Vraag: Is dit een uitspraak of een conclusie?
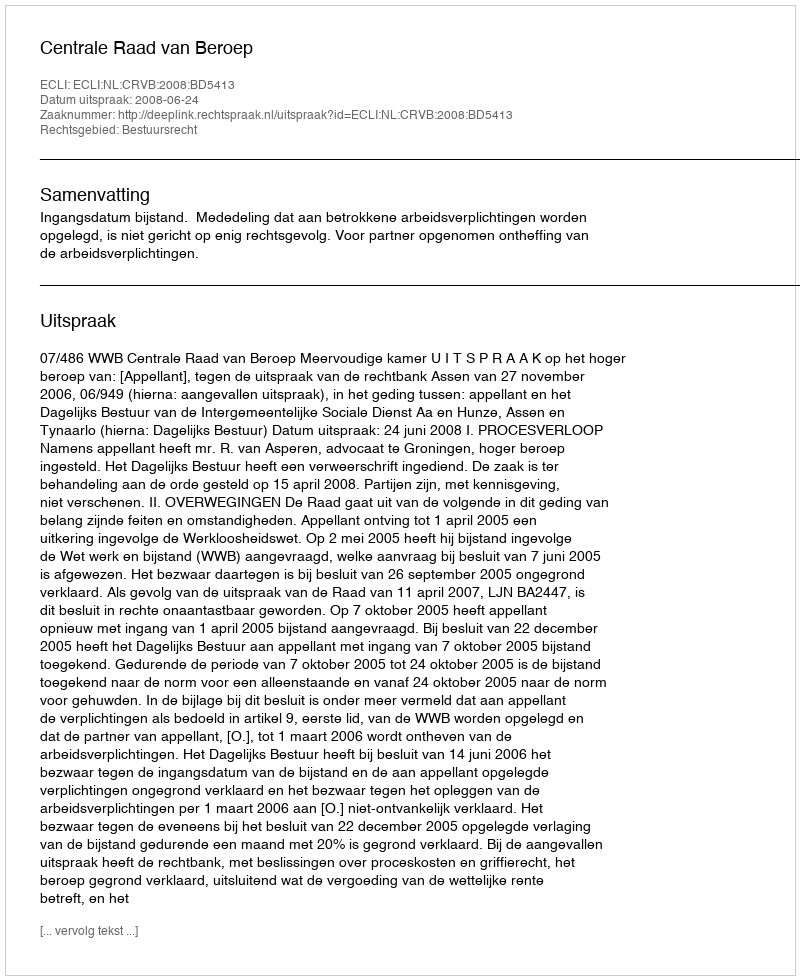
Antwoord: Uitspraak